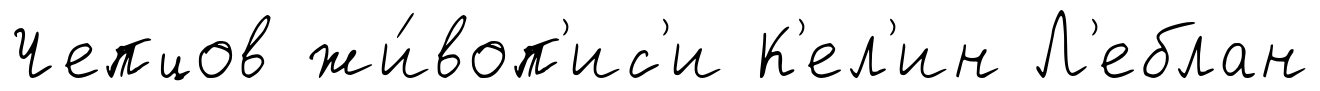
Чепцов жи́воп'ис'и К'ел'ин Л'еблан